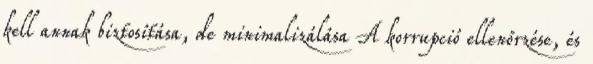
kell annak biztosítása, de minimalizálása A korrupció ellenőrzése, és